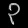
Digit: ၃